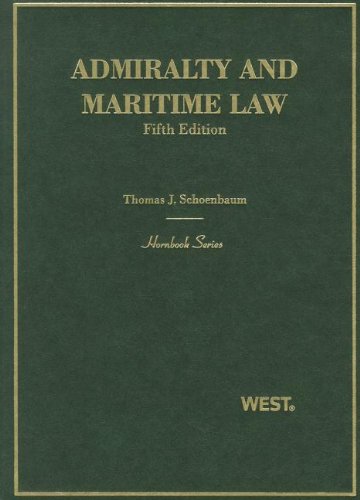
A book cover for Admiralty and Maritime Law (Hornbook); Thomas Schoenbaum; Law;